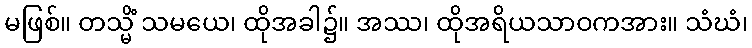
မဖြစ်။ တသ္မိံ သမယေ၊ ထိုအခါ၌။ အဿ၊ ထိုအရိယသာဝကအား။ သံဃံ၊